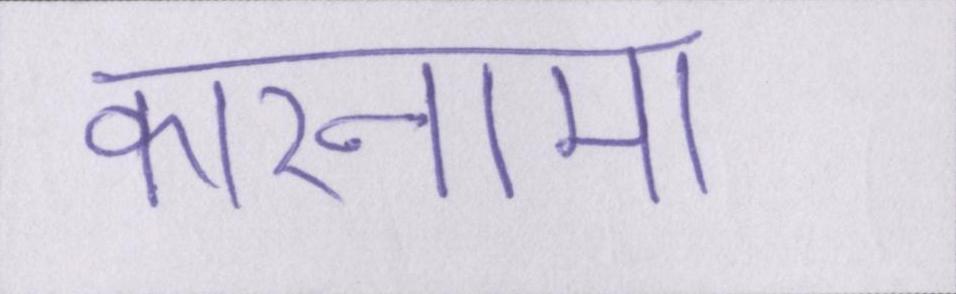
कारनामा